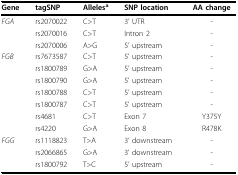
<table><thead><tr><td><b>Gene</b></td><td><b>tagSNP</b></td><td><b>Alleles<sup>a</sup></b></td><td><b>SNP location</b></td><td><b>AA change</b></td></tr></thead><tbody><tr><td><i>FGA</i></td><td>rs2070022</td><td>C&gt;T</td><td>3&#x27; UTR</td><td>-</td></tr><tr><td></td><td>rs2070016</td><td>C&gt;T</td><td>Intron 2</td><td>-</td></tr><tr><td></td><td>rs2070006</td><td>A&gt;G</td><td>5&#x27; upstream</td><td>-</td></tr><tr><td><i>FGB</i></td><td>rs7673587</td><td>C&gt;T</td><td>5&#x27; upstream</td><td>-</td></tr><tr><td></td><td>rs1800789</td><td>G&gt;A</td><td>5&#x27; upstream</td><td>-</td></tr><tr><td></td><td>rs1800790</td><td>G&gt;A</td><td>5&#x27; upstream</td><td>-</td></tr><tr><td></td><td>rs1800788</td><td>C&gt;T</td><td>5&#x27; upstream</td><td>-</td></tr><tr><td></td><td>rs1800787</td><td>C&gt;T</td><td>5&#x27; upstream</td><td>-</td></tr><tr><td></td><td>rs4681</td><td>C&gt;T</td><td>Exon 7</td><td>Y375Y</td></tr><tr><td></td><td>rs4220</td><td>G&gt;A</td><td>Exon 8</td><td>R478K</td></tr><tr><td><i>FGG</i></td><td>rs1118823</td><td>T&gt;A</td><td>3&#x27; downstream</td><td>-</td></tr><tr><td></td><td>rs2066865</td><td>G&gt;A</td><td>3&#x27; downstream</td><td>-</td></tr><tr><td></td><td>rs1800792</td><td>T&gt;C</td><td>5&#x27; upstream</td><td>-</td></tr></tbody></table>